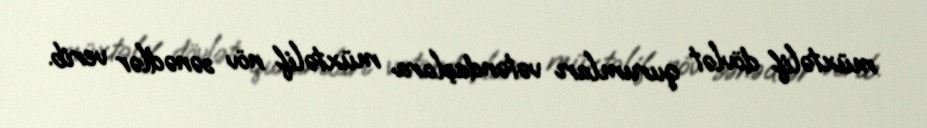
müxtəlif dövlət qurumları vətəndaşlara müxtəlif növ sənədlər verib.